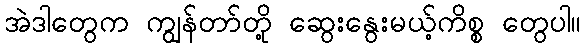
အဲဒါတွေက ကျွန်တာ်တို့ ဆွေးနွေးမယ့်ကိစ္စ တွေပါ။